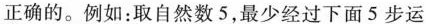
正确的。例如：取自然数5，最少经过下面5步运